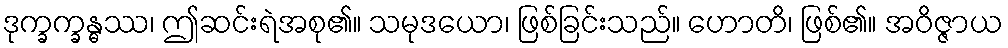
ဒုက္ခက္ခန္ဓဿ၊ ဤဆင်းရဲအစု၏။ သမုဒယော၊ ဖြစ်ခြင်းသည်။ ဟောတိ၊ ဖြစ်၏။ အဝိဇ္ဇာယ